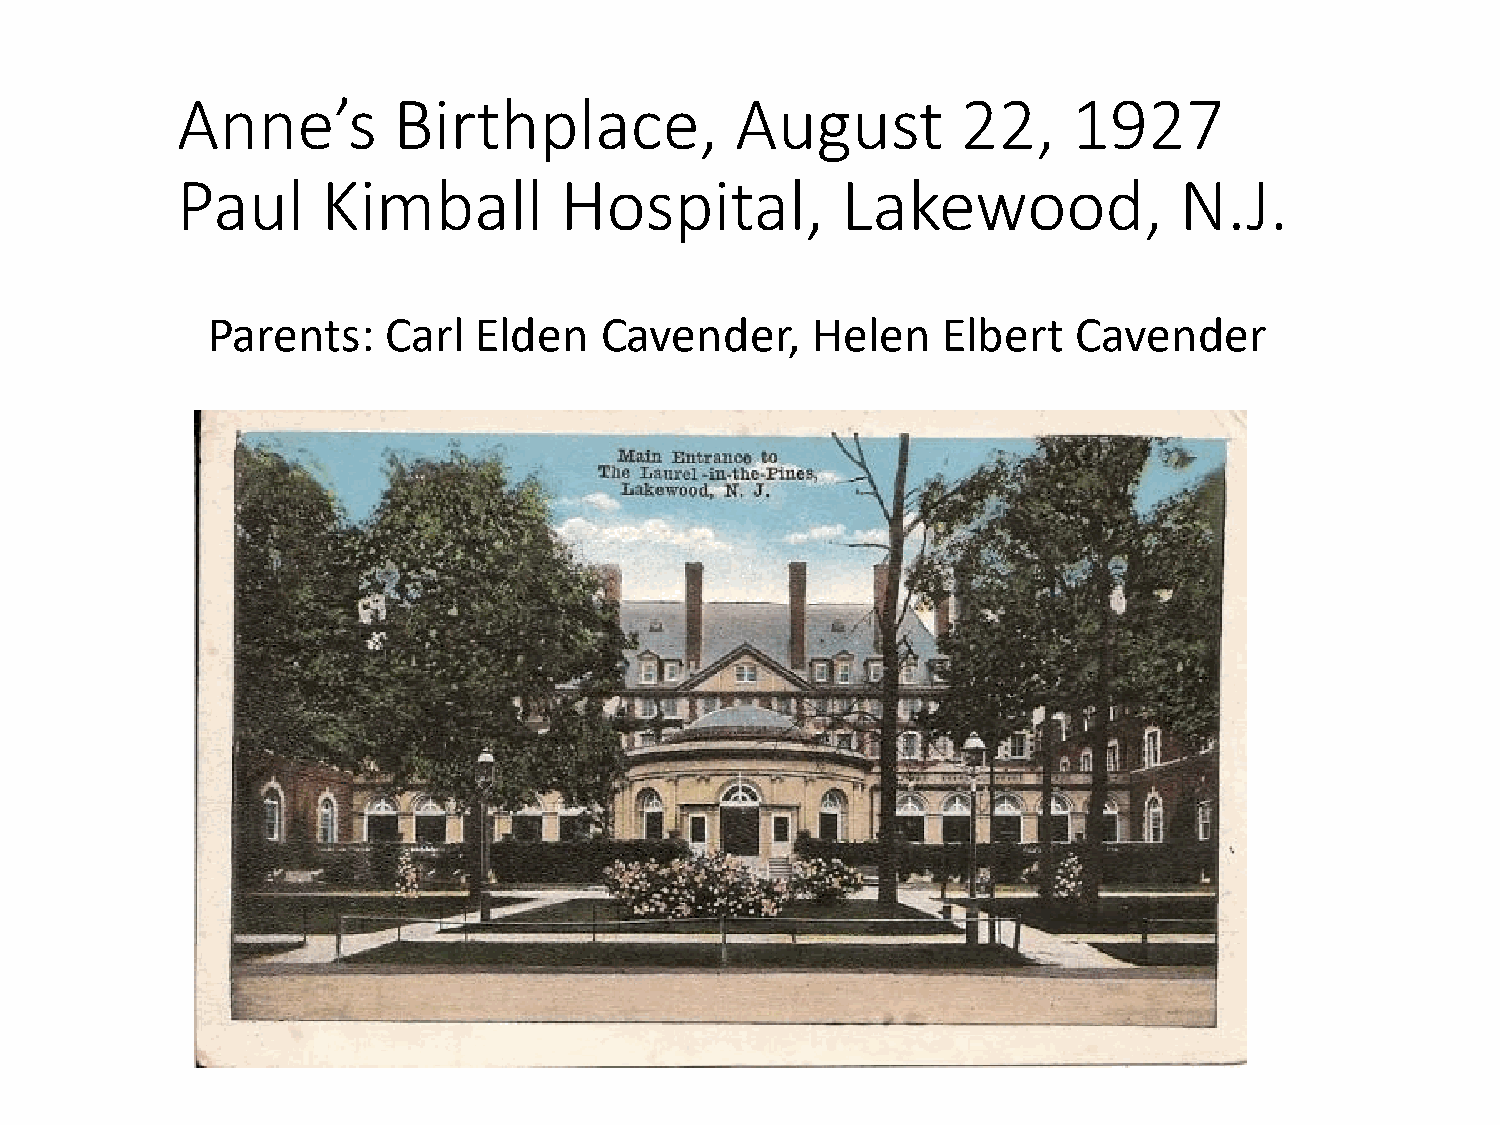
Anne’s        Birthplace,            August         22,    1927
 Paul     Kimball         Hospital,          Lakewood,             N.J.
 Parents:   Carl  Elden    Cavender,     Helen   Elbert   Cavender